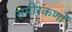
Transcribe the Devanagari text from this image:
समीरकणों